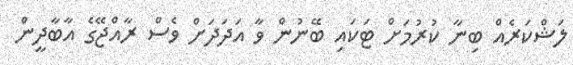
ލަޝްކަރެއް ބިނާ ކުރުމަށް ޓަކައި ބޭނުން ވާ އަދަދަށް ވެސް ރާއްޖޭގެ އާބާދީން